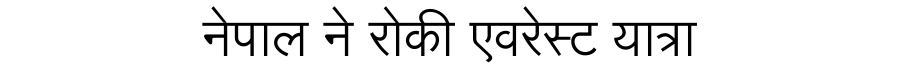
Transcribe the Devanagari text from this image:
नेपाल ने रोकी एवरेस्ट यात्रा